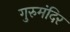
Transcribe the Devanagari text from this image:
गुरुमंदिर